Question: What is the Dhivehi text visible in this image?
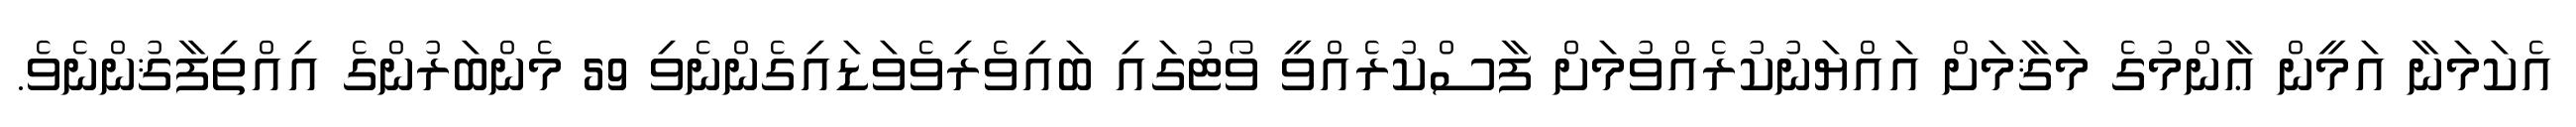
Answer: އެކަމަނާ އަމީން ޢާންމުގެ މަޤާމަށް އައްޔަނުކުރެއްވުމަށް ފާސްކުރެއްވީ ވޯޓުގައި ބައިވެރިވެވަޑައިގެންނެވި 59 މެންބަރުންގެ އިއްތިފާޤުންނެވެ.